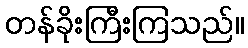
တန်ခိုးကြီးကြသည်။